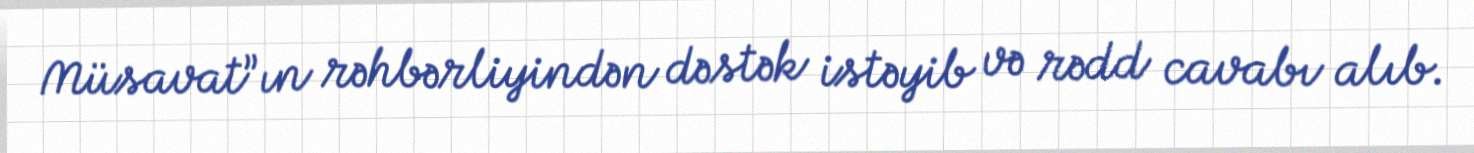
Müsavat”ın rəhbərliyindən dəstək istəyib və rədd cavabı alıb.